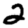
Digit: 2